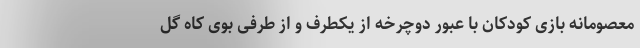
معصومانه بازی کودکان با عبور دوچرخه از یکطرف و از طرفی بوی کاه گل